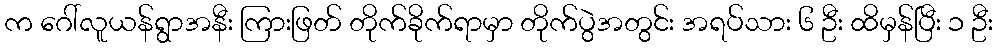
က ဂေါ်လူယန်ရွာအနီး ကြားဖြတ် တိုက်ခိုက်ရာမှာ တိုက်ပွဲအတွင်း အရပ်သား ၆ ဦး ထိမှန်ပြီး ၁ ဦး